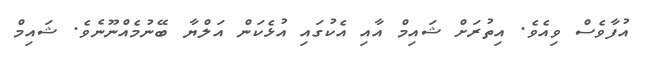
އުފާވެސް ވިއެވެ. އިތުރަށް ޝައިމް އާއި އެކުގައި އުޅެކަން އަލްޔާ ބޭނުމެއްނޫނެވެ. ޝައިމް